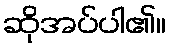
ဆိုအပ်ပါ၏။